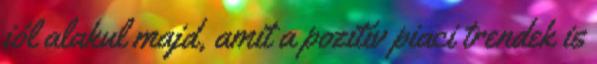
jól alakul majd, amit a pozitív piaci trendek is